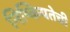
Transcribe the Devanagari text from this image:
निष्कियतेची